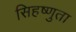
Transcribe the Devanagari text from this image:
सिहष्णुता